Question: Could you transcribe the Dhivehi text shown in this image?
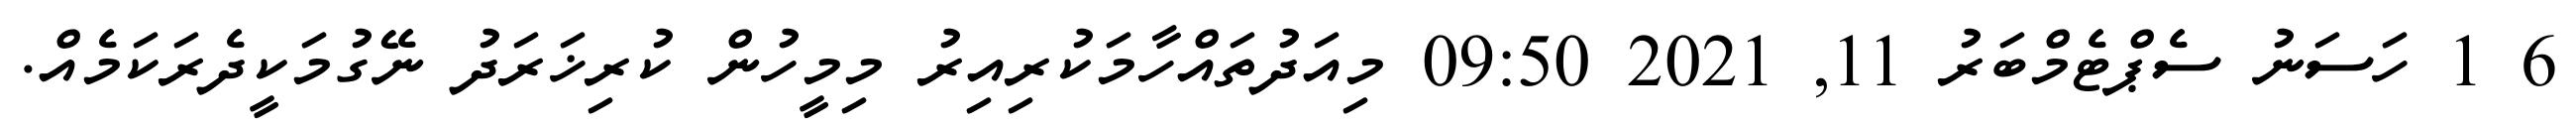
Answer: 6 1 ހަސަނު ސެޕްޓެމްބަރު 11, 2021 09:50 މިއަދުތައްހާމަކުރިއިރު މިމީހުން ކުރިޚަރަދު ނޭގުމަކީދެރަކަމެއް.